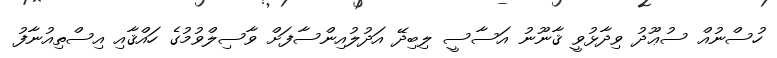
ހުސްނުއް ސުޢޫދު ވިދާޅުވީ ޤާނޫނު އަސާސީ ލިބިދޭ އަދުލުއިންސާފަށް ވާސިލްވުމުގެ ހައްޤާއި އިސްތިއުނާފު